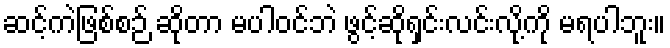
ဆင့်ကဲဖြစ်စဉ် ဆိုတာ မပါဝင်ဘဲ ဖွင့်ဆိုရှင်းလင်းလို့ကို မရပါဘူး။